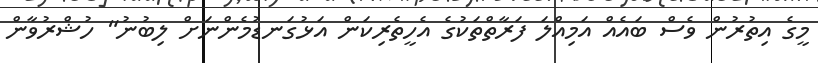
މީގެ އިތުރުން ވެސް ބައެއް އަމިއްލަ ފަރާތްތަކުގެ އެހީތެރިކަން އަޅުގަނޑުމެންނަށް ލިބުނު" ހުޝްރުވާން